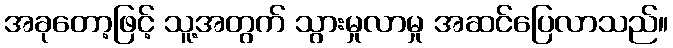
အခုတော့ဖြင့် သူ့အတွက် သွားမှုလာမှု အဆင်ပြေလာသည်။